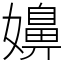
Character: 嬶